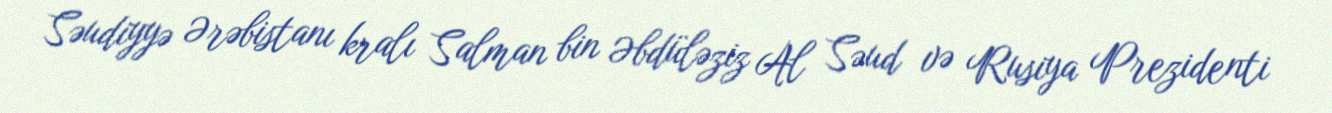
Səudiyyə Ərəbistanı kralı Salman bin Əbdüləziz Al Səud və Rusiya Prezidenti